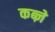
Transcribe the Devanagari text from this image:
कब्‍ज़े